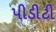
પીડીટી